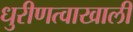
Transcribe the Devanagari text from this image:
धुरीणत्वाखाली